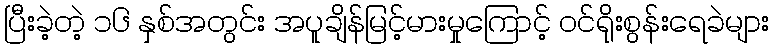
ပြီးခဲ့တဲ့ ၁၆ နှစ်အတွင်း အပူချိန်မြင့်မားမှုကြောင့် ဝင်ရိုးစွန်းရေခဲများ